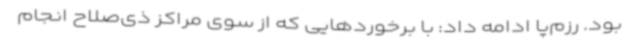
بود. رزم‌پا ادامه داد: با برخوردهایی که از سوی مراکز ذی‌صلاح انجام